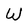
Character: W